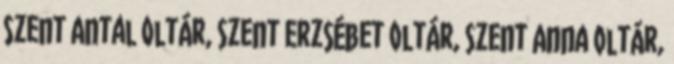
Szent Antal oltár, Szent Erzsébet oltár, Szent Anna oltár,